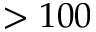
> 1 0 0